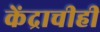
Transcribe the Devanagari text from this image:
केंद्राचीही